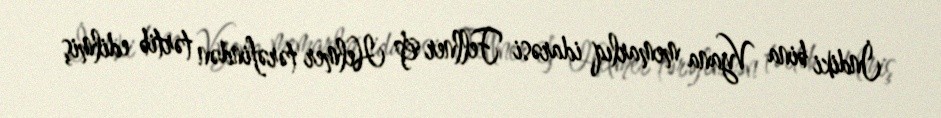
İndiki bina Vyana memarlıq idarəsi Fellner & Helmer tərəfindən tərtib edilmiş